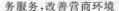
务服务，改善营商环境